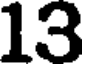
13